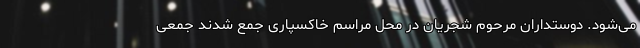
می‌شود. دوستداران مرحوم شجریان در محل مراسم خاکسپاری جمع شدند جمعی